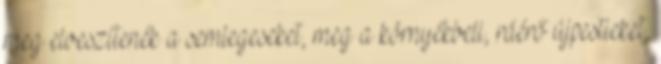
meg elveszítenék a semlegeseket, meg a környékbeli, ráérő újpestieket,